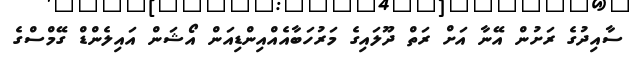
ސާއިދުގެ ރަށުން އޭނާ އަށް ރަތް ދޫލައިގެ މަރުހަބާއެއްއިންޑިއަން އޯޝަން އައިލެންޑް ގޭމްސްގެ